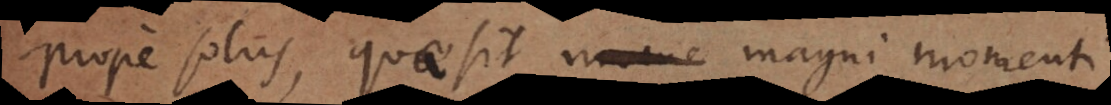
prope solus, quae sit magni momenti